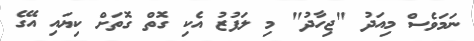
ނަމަވެސް މިއަދު "ޖިހާދު" މި ލަފުޒު އެކި ގޮތް ގޮތަށް ކިޔައި އޭގެ